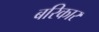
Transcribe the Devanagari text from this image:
बरिकार